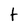
Character: t